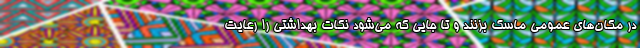
در مکان‌های عمومی ماسک بزنند و تا جایی که می‌شود نکات بهداشتی را رعایت